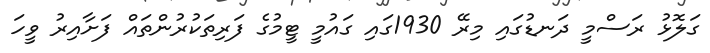
ގަލޮޅު ރަސްމީ ދަަނޑުގައި މިރޭ 1930ގައި ގައުމީ ޓީމުގެ ފަރިތަކުރުންތައް ފަށާއިރު ވީހަ